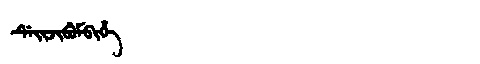
Manchu: ᡩᡝᡳᠵᡳᠪᡠᠮᠪᡳᡥᡝ
Romanization: DEIJIBUMBIHE